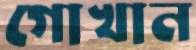
গোখান